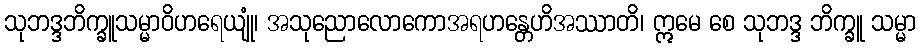
သုဘဒ္ဒဘိက္ခူသမ္မာဝိဟရေယျုံ၊ အသုညောလောကောအရဟန္တေဟိအဿာတိ၊ ဣမေ စေ သုဘဒ္ဒ ဘိက္ခူ သမ္မာ